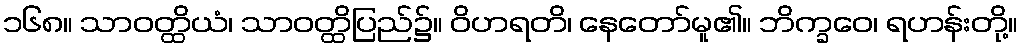
၁၆၈။ သာဝတ္ထိယံ၊ သာဝတ္ထိပြည်၌။ ဝိဟရတိ၊ နေတော်မူ၏။ ဘိက္ခဝေ၊ ရဟန်းတို့။